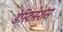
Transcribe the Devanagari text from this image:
डेस्टिनेशंस